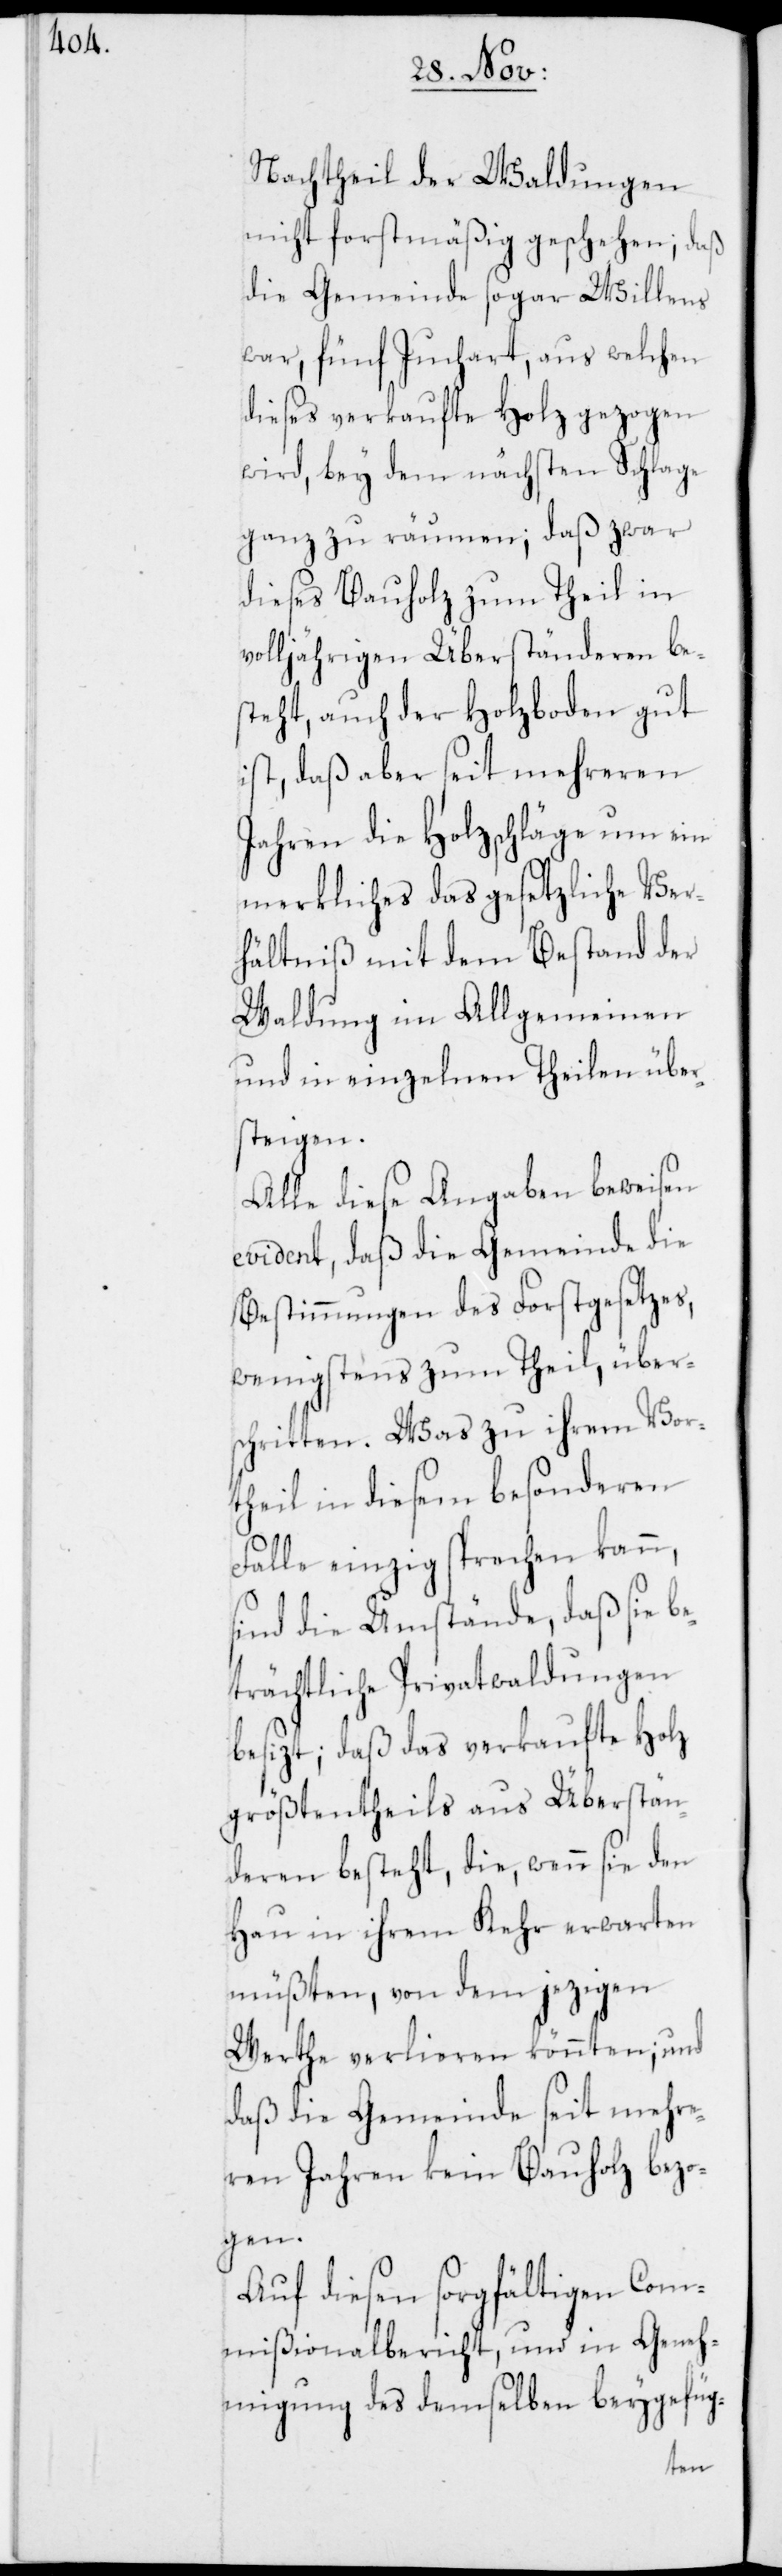
Nachtheil der Waldungen
nicht forstmäßig geschehen; daß
die Gemeinde sogar Willens
war, fünf Juchart, aus welchen
dieses verkaufte Holz gezogen
wird, bey dem nächsten Schlage
ganz zu räumen; daß zwar
dieses Bauholz zum Theil in
volljährigen Überständeren be¬
steht, auch der Holzboden gut
ist, daß aber seit mehreren
Jahren die Holzschläge um ein
merkliches das gesetzliche Ver¬
hältniß mit dem Bestand der
Waldung im Allgemeinen
und in einzelnen Theilen über¬
steigen.
Alle diese Angaben beweisen
evident, daß die Gemeinde die
Bestimmungen des Forstgesetzes,
wenigstens zum Theil, über¬
schritten. Was zu ihrem Vor¬
theil in diesem besonderen
Falle einzig sprechen kann,
sind die Umstände, daß sie b¬
eträchtliche Privatwaldungen
besizt; daß das verkaufte Holz
größtentheils aus Überstän¬
deren besteht, die, wenn sie den
Hau in ihrem Kehr erwarten
müßten, von dem jezigen
Werthe verlieren könnten; und
daß die Gemeinde seit mehre¬
ren Jahren kein Bauholz bezo¬
gen.
Auf diesen sorgfältigen Com¬
mißionalbericht, und in Geneh¬
migung des demselben beygefüg-